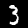
Label: 3